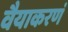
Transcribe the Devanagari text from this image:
वैयाकरणं